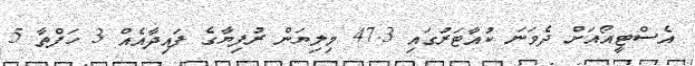
އެސްޓީއޯއަށް ދެވަނަ ކުއާޓަރުގައި 47.3 މިލިޔަން ރުފިޔާގެ ފައިދާއެއް 3 ހަފްތާ 5